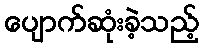
ပျောက်ဆုံးခဲ့သည့်